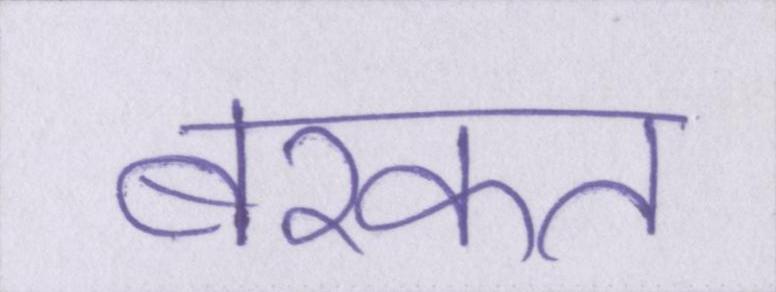
बरकत